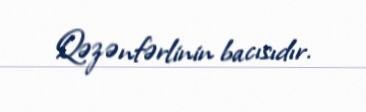
Qəzənfərlinin bacısıdır.